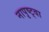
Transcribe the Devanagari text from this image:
नापृष्ट्वा